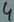
Text: 4